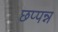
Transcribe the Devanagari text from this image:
छप्पन्न